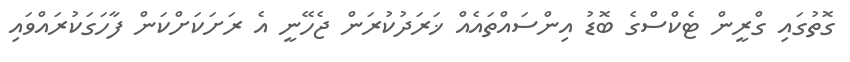
ގޮތުގައި ގްރީން ޓެކްސްގެ ބޮޑު އިންސައްތައެއް ޚަރަދުކުރަން ޖެހޭނީ އެ ރަށަކަށްކަން ފާހަގަކުރައްވައި